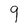
Character: q